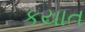
કયાત